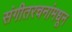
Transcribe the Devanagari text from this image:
संगीतरचनांमधून